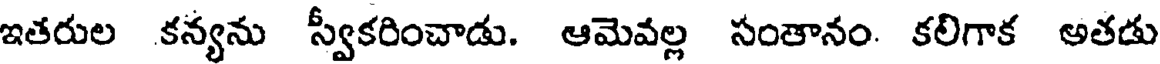
ఇతరుల కన్యను స్వీకరించాడు. ఆమెవల్ల సంతానం. కలిగాక అతడు